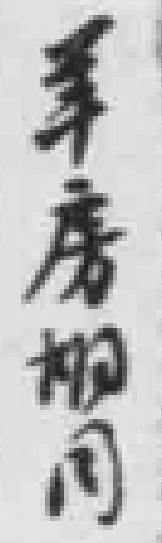
*房胡同